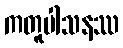
ကတူပါသနဿ